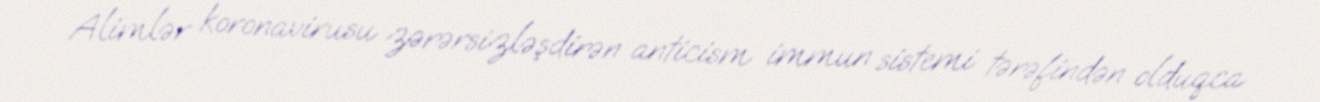
Alimlər koronavirusu zərərsizləşdirən anticism immun sistemi tərəfindən olduqca